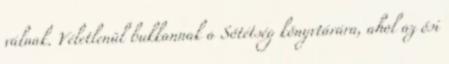
válnak. Véletlenül bukkannak a Sötétség könyvtárára, ahol az ősi